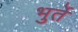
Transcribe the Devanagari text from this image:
भुर्ते